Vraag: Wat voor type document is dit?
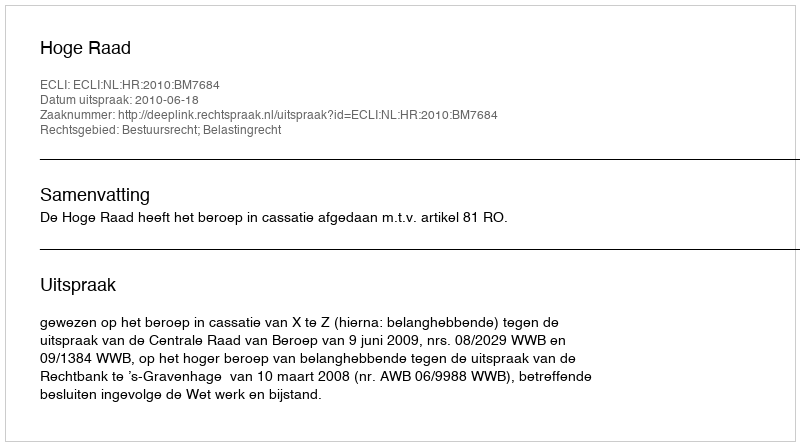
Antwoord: Uitspraak